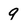
Character: 9